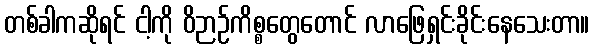
တစ်ခါကဆိုရင် ငါ့ကို ဝိဉာဉ်ကိစ္စတွေတောင် လာဖြေရှင်းခိုင်းနေသေးတာ။